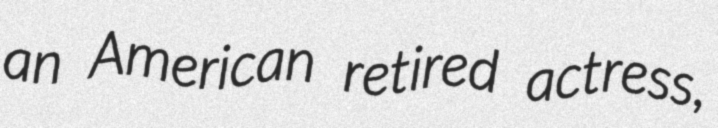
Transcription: an American retired actress,